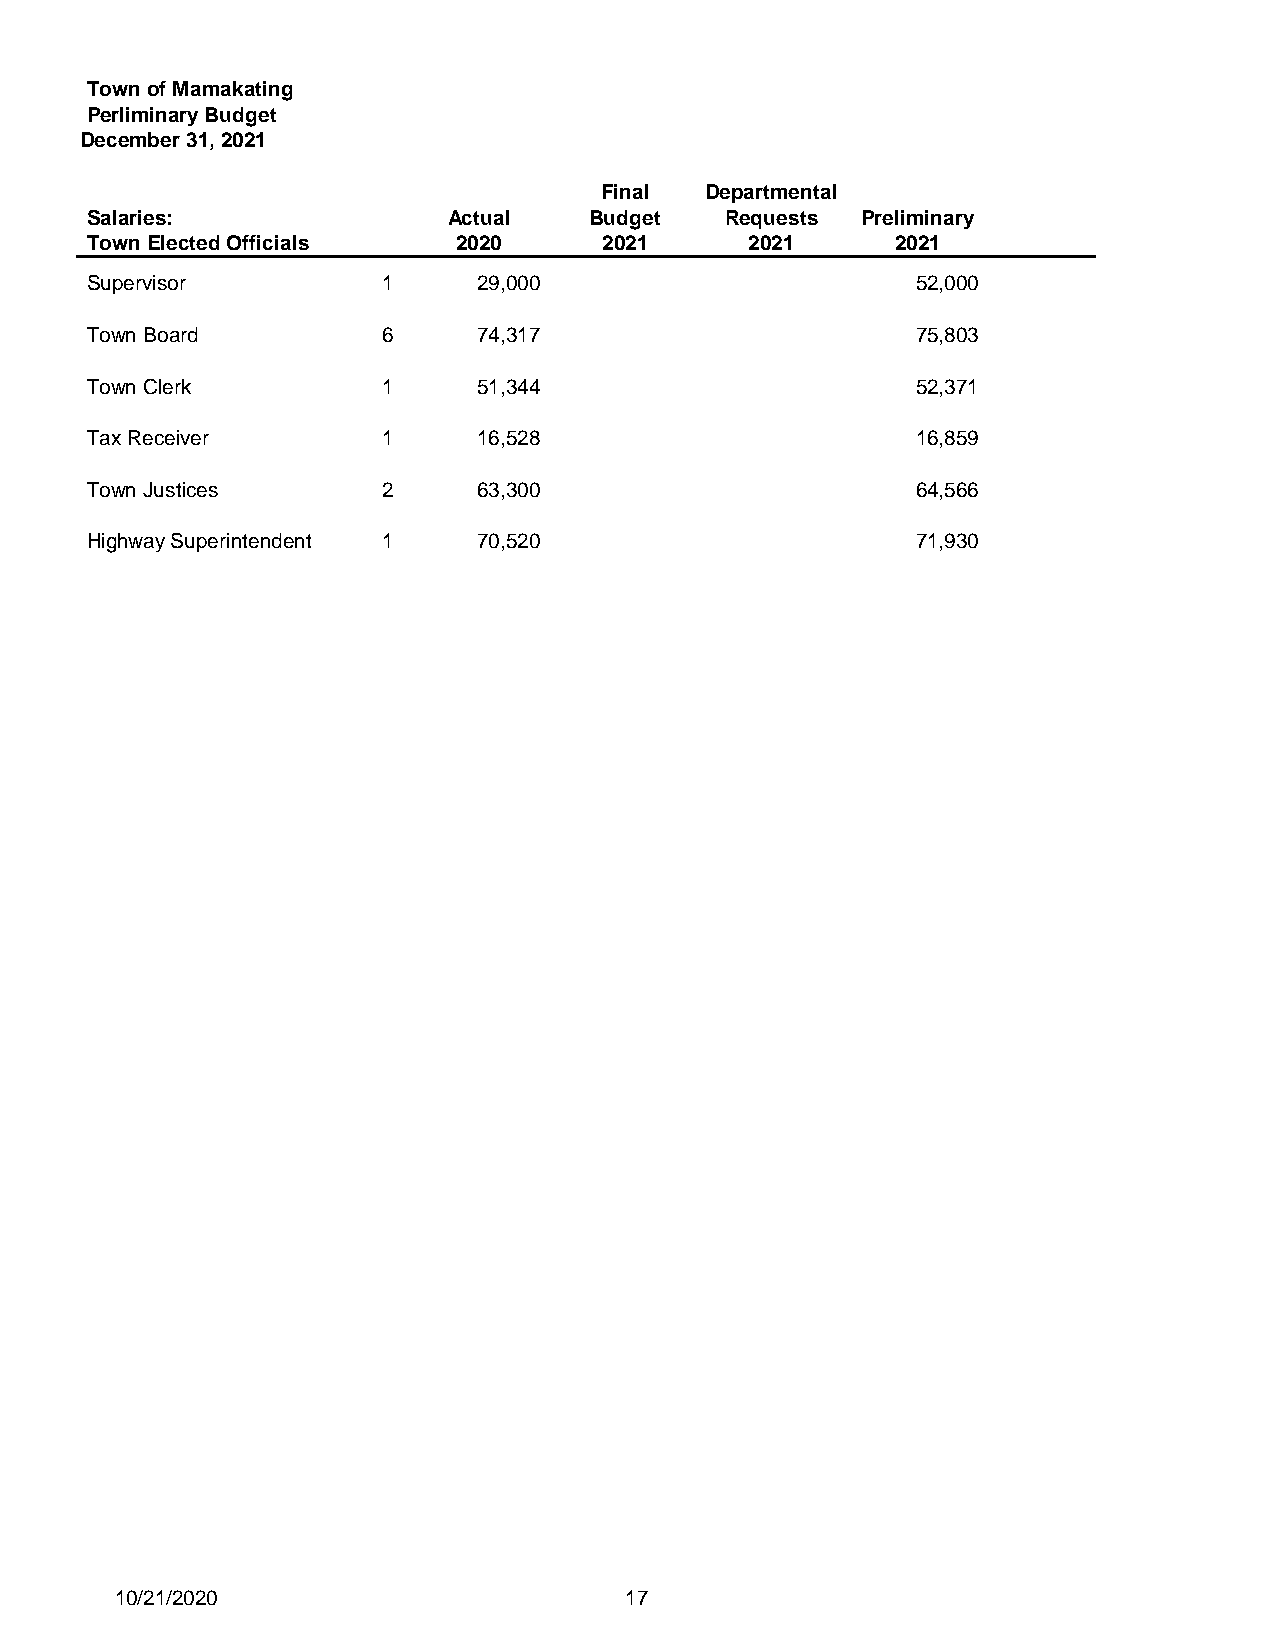
Town of Mamakating
 Perliminary Budget
 December 31, 2021
 Final  Departmental
 Salaries:               Actual   Budget   Requests Preliminary
 Town Elected Officials  2020      2021      2021     2021
 Supervisor         1      29,000                       52,000
 Town Board         6      74,317                       75,803
 Town Clerk         1      51,344                       52,371
 Tax Receiver       1      16,528                       16,859
 Town Justices      2      63,300                       64,566
 Highway Superintendent 1  70,520                       71,930
 10/21/2020                       17